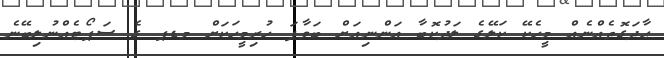
ޙާދަގޮތެއްނެއް މީހެކޭ ކަލޭގެ ލަދުކޮބާ އަންނިއަށް ބަވާފަ ހުރިމީހަކަށް މޑޕ ގެ ސަޕޯޓެއްނުލިބޭނެ